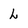
Character: L